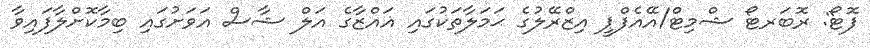
ފޮޓޯ: ރޮބަރޓޯ ޝްމިޓް/އޭއެފްޕީ އިޒްރޭލުގެ ޙަމަލާތަކުގައި ޣައްޒާގެ އަލް ޝާސް އަވަށުގައި ބިމާކޮށްލާފައިވާ